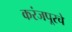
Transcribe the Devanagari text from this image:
करंजपूरचे